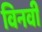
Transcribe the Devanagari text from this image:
विनवी